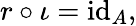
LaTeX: r\circ\iota=\operatorname{id}_{A},